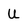
Character: U